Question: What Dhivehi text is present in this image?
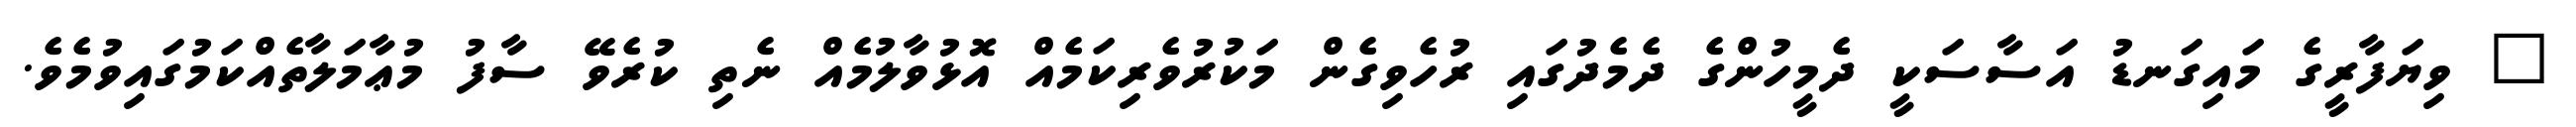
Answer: " ވިޔަފާރީގެ މައިގަނޑު އަސާސަކީ ދެމީހުންގެ ދެމެދުގައި ރުހެވިގެން މަކުރުވެރިކަމެއް އޮޅުވާލުމެއް ނެތި ކުރެވޭ ސާފު މުޢާމަލާތެއްކަމުގައިވުމެވެ.